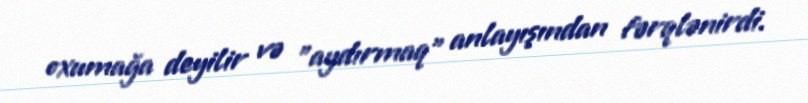
oxumağa deyilir və "aydırmaq" anlayışından fərqlənirdi.